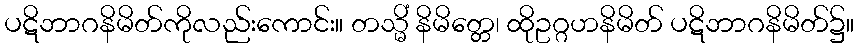
ပဋိဘာဂနိမိတ်ကိုလည်းကောင်း။ တသ္မိံ နိမိတ္တေ၊ ထိုဥဂ္ဂဟနိမိတ် ပဋိဘာဂနိမိတ်၌။